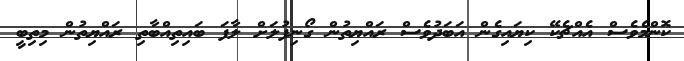
ކޮންމެވެސް އެއްޗެކޭ ކިޔައިގެން އަބަދުވެސް ރައްޔިތުން ގޯނިފުލަށް ލާފަ ބައިތިއްބާތި ރައްޔިތުން މިތިބީ